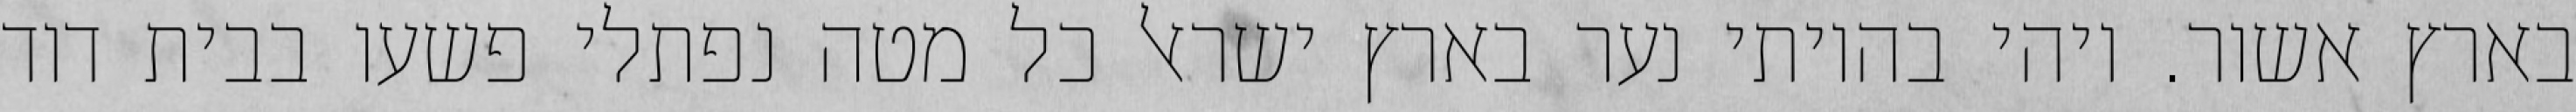
בארץ אשור. ויהי בהיותי נער בארץ ישראל כל מטה נפתלי פשעו בבית דוד